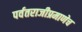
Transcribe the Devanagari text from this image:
पर्वतराजीप्रमाणेच